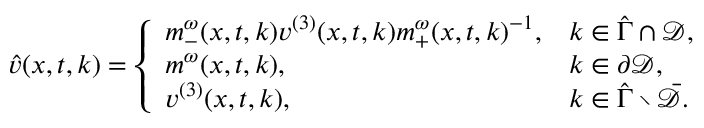
\begin{array} { r } { \hat { v } ( x , t , k ) = \left\{ \begin{array} { l l } { m _ { - } ^ { \omega } ( x , t , k ) v ^ { ( 3 ) } ( x , t , k ) m _ { + } ^ { \omega } ( x , t , k ) ^ { - 1 } , } & { k \in \hat { \Gamma } \cap \mathcal { D } , } \\ { m ^ { \omega } ( x , t , k ) , } & { k \in \partial \mathcal { D } , } \\ { v ^ { ( 3 ) } ( x , t , k ) , } & { k \in \hat { \Gamma } \setminus \bar { \mathcal { D } } . } \end{array} \right. } \end{array}